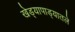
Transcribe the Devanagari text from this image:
खेड्यापाड्यातले